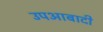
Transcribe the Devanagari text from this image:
उपआबादी